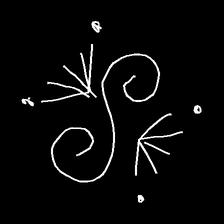
Glyph: aeroform